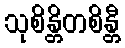
သုစိန္တိတစိန္တီ